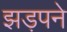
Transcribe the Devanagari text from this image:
झड़पने